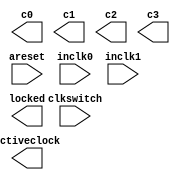
module altpll1 (
	areset,
	clkswitch,
	inclk0,
	inclk1,
	activeclock,
	c0,
	c1,
	c2,
	c3,
	locked);
	input	  areset;
	input	  clkswitch;
	input	  inclk0;
	input	  inclk1;
	output	  activeclock;
	output	  c0;
	output	  c1;
	output	  c2;
	output	  c3;
	output	  locked;
`ifndef ALTERA_RESERVED_QIS
// synopsys translate_off
`endif
	tri0	  areset;
	tri0	  clkswitch;
`ifndef ALTERA_RESERVED_QIS
// synopsys translate_on
`endif
endmodule